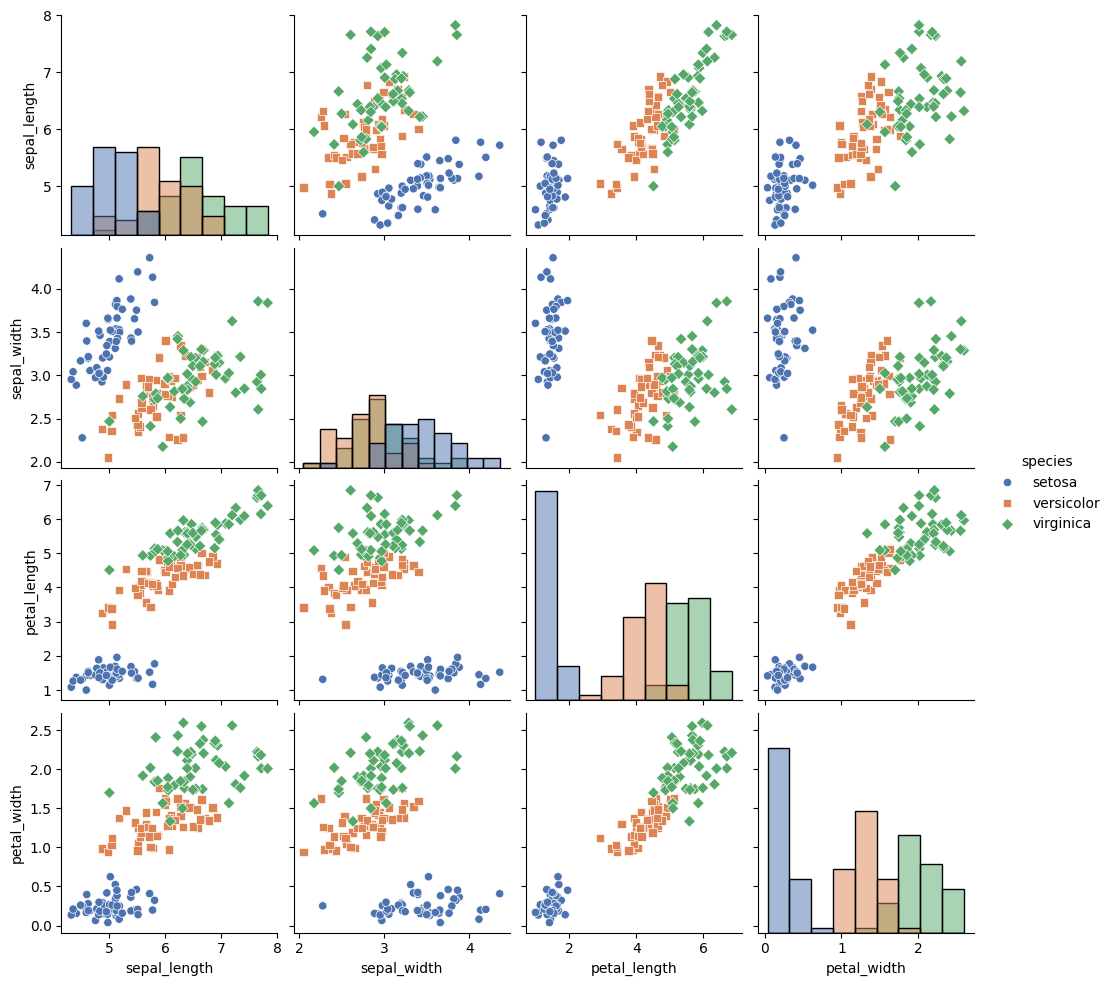
python, seaborn, pairplot, palette='deep', markers=['o', 's', 'D'], kind='scatter', diag_kind='hist'